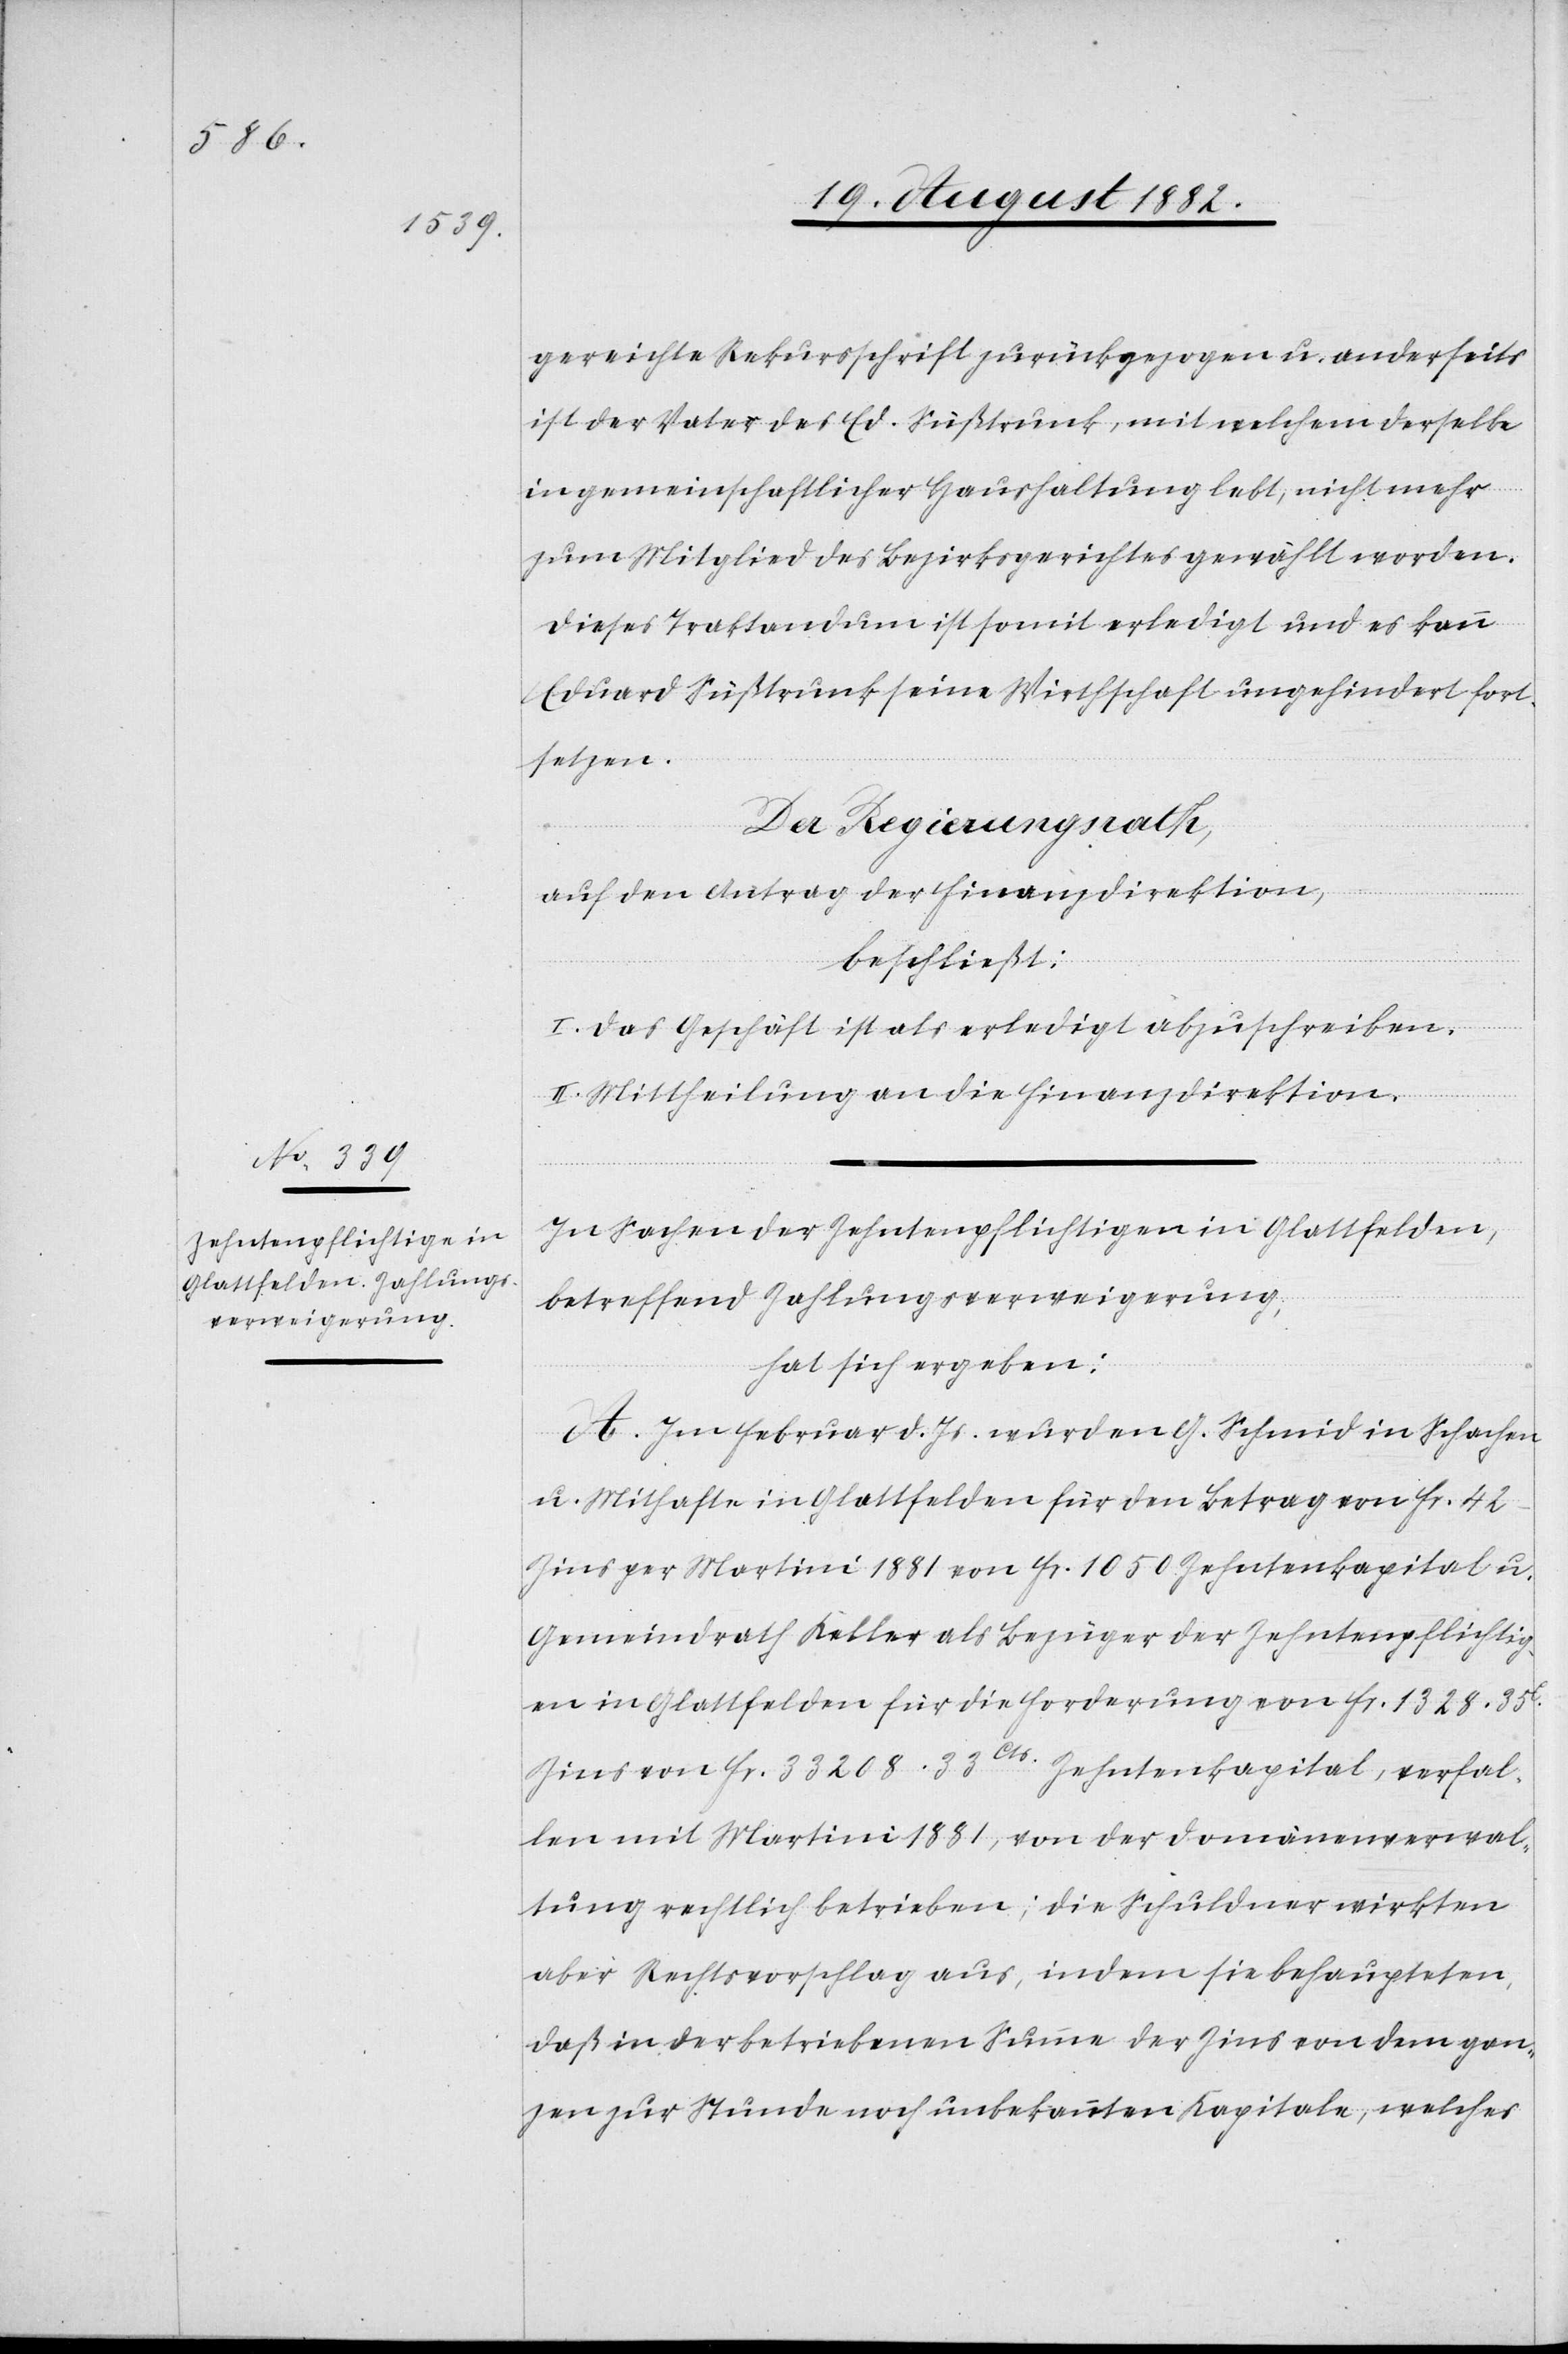
gereichte Rekursschrift zurückgezogen u. anderseits
ist der Vater des Ed. Süßtrunk, mit welchem derselbe
in gemeinschaftlicher Haushaltung lebt, nicht mehr
zum Mitglied des Bezirksgerichtes gewählt worden.
Dieses Traktandum ist somit erledigt und es kann
Eduard Süßtrunk seine Wirthschaft ungehindert fort¬
setzen.
Der Regierungsrath,
auf den Antrag der Finanzdirektion,
beschließt:
I. Das Geschäft ist als erledigt abzuschreiben.
II. Mittheilung an die Finanzdirektion.
In Sachen der Zehntenpflichtigen in Glattfelden,
betreffend Zahlungsverweigerung,
hat sich ergeben:
A. Im Februar d. Js. wurden G. Schmid in Schachen
u. Mithafte in Glattfelden für den Betrag von Fr. 42
Zins per Martini 1881 von Fr. 1050 Zehntenkapital z.
Gemeindrath Keller als Bezüger der Zehntenpflichtig¬
en in Glattfelden für die Forderung von Fr. 1328. 35C.
Zins von Fr. 33208. 33Cts. Zehntenkapital, verfal¬
len mit Martini 881, von der Domänenverwal¬
tung rechtlich betrieben; die Schuldner wirkten
aber Rechtsvorschlag aus, indem sie behaupteten,
daß in der betriebenen Summe der Zins von dem gan¬
zen zur Stunde noch unbekannten Kapitale, welches